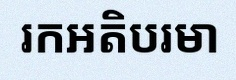
រកអតិបរមា